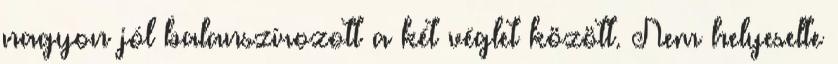
nagyon jól balanszírozott a két véglet között. Nem helyeselte